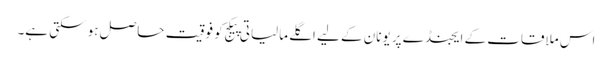
اس ملاقات کے ایجنڈے پر یونان کے لیے اگلے مالیاتی پیکج کو فوقیت حاصل ہو سکتی ہے۔